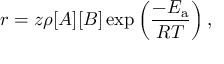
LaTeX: r = z \rho [ A ] [ B ] \exp \left( { \frac { - E _ { \mathrm { a } } } { R T } } \right) ,